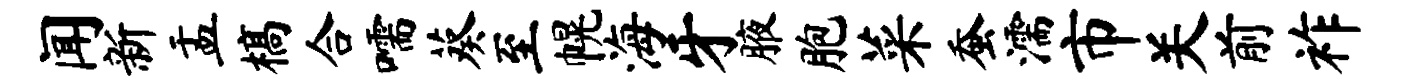
闻新盂槁合嚅葵至幌海牙腋胞菜蚕濡市关前祚